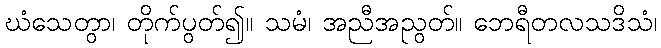
ဃံသေတွာ၊ တိုက်ပွတ်၍။ သမံ၊ အညီအညွတ်။ ဘေရီတလသဒိသံ၊